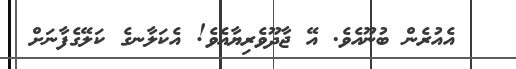
އެއުރެން ބުނޫއެވެ. އޭ ޖާދޫވެރިޔާއެވެ! އެކަލާނގެ ކަލޭގެފާނަށް